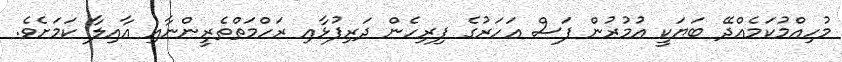
މުހިއްމުކަމެއްދޭ ބަޔަކީ އުމުރުން ފަސް އަހަރުގެ ފިރިހެން ދަރިފުޅާއި ރަހްމަތްތެރީންނާއި އާއިލާ ކަމަށެވެ.